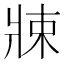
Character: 𤖂